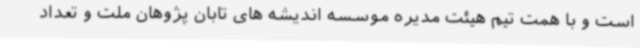
است و با همت تیم هیئت مدیره موسسه اندیشه های تابان پژوهان ملت و تعداد